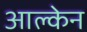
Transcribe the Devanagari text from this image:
आल्केन